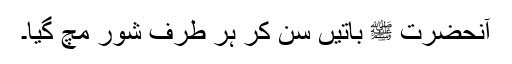
آنحضرت ﷺ باتیں سن کر ہر طرف شور مچ گیا۔